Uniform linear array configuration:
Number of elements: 64
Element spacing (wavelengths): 0.5
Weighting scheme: blackman
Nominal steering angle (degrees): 45
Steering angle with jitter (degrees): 45.726
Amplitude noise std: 0.05
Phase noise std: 0.05

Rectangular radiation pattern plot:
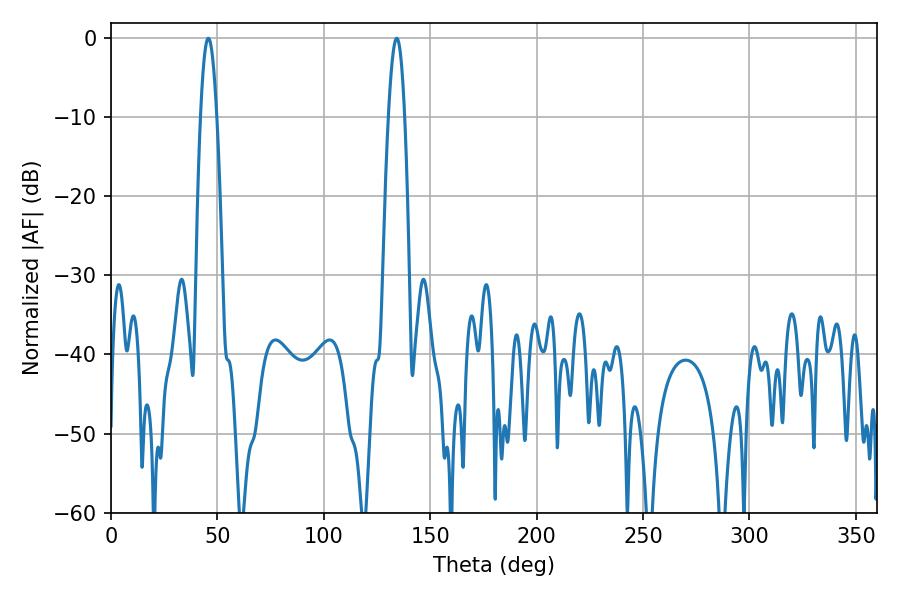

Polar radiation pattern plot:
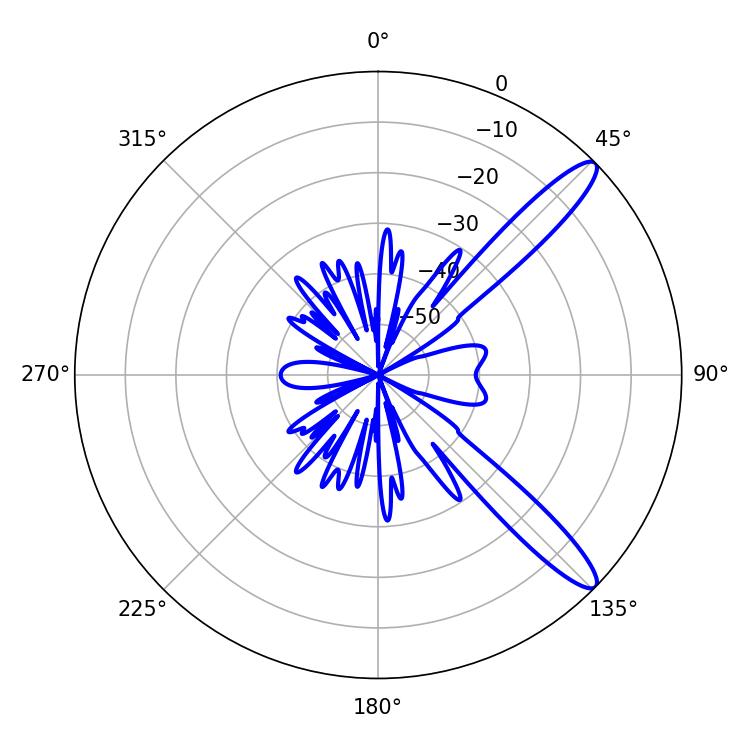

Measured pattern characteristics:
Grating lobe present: FALSE
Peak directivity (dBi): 12.442
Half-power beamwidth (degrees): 4.14
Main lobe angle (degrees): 45.72